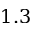
1 . 3